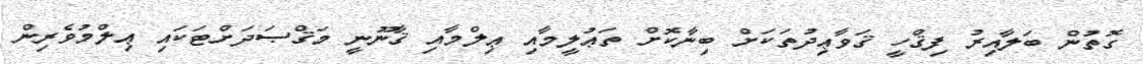
ގޮތުން ބަލާއިރު ފިޤްހީ ޤަވާޢިދުތަކަށް ބިނާކޮށް ތަޢުލީމާއި ޢިލްމާއި ޤާނޫނީ މަޤްޞަދަށްޓަކައި ޢިލްމުވެރިން